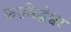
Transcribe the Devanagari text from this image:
करसिद्धेश्वर